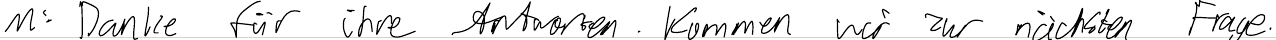
M: Danke für ihre Antworten. Kommen wir zur nächsten Frage.